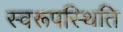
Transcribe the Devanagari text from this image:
स्वरूपस्थिति